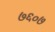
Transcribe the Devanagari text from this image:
७६०७